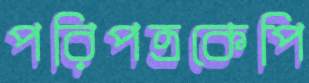
পরিপত্রকেপি